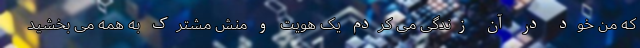
که من خود در آن زندگی می کردم یک هویت و منش مشترک به همه می بخشید